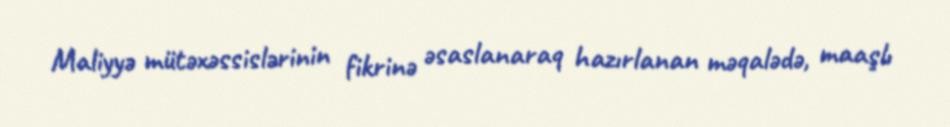
Maliyyə mütəxəssislərinin fikrinə əsaslanaraq hazırlanan məqalədə, maaşlı